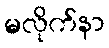
မလိုက်နာ